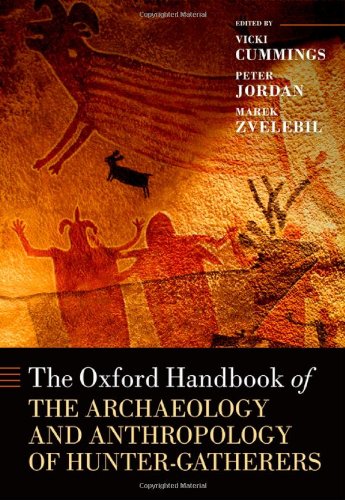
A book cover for The Oxford Handbook of the Archaeology and Anthropology of Hunter-Gatherers (Oxford Handbooks); History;